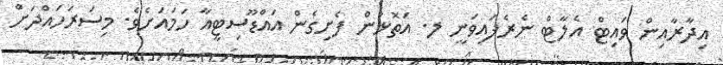
އިދާރާއިން ވައިޓް އެލާޓް ނެރެފައިވަނީ ލ. އަތޮޅުން ފެށިގެން އައްޑޫސިޓީއާ ހަމައަށެވެ. މިސަރަހައްދަށް